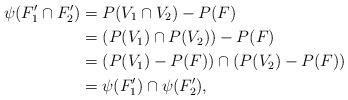
LaTeX: \begin{align*} \psi(F_1' \cap F_2') &= P(V_1 \cap V_2) - P(F) \\ &= (P(V_1) \cap P(V_2)) - P(F) \\ &= (P(V_1) - P(F)) \cap (P(V_2) - P(F))\\ &= \psi(F_1') \cap \psi(F_2'),\end{align*}